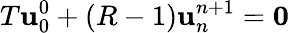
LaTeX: T\mathbf{u}_{0}^{0}+(R-1)\mathbf{u}_{n}^{n+1}=\mathbf{0}